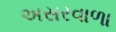
અસરવાળા